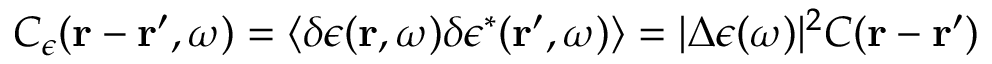
C _ { \epsilon } ( \boldsymbol { \mathbf { r } } - \boldsymbol { \mathbf { r } } ^ { \prime } , \omega ) = \left\langle \delta \epsilon ( \boldsymbol { \mathbf { r } } , \omega ) \delta \epsilon ^ { * } ( \boldsymbol { \mathbf { r } } ^ { \prime } , \omega ) \right\rangle = | \Delta \epsilon ( \omega ) | ^ { 2 } C ( \boldsymbol { \mathbf { r } } - \boldsymbol { \mathbf { r } } ^ { \prime } )